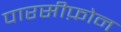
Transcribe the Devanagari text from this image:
पारसीफ़ोन